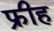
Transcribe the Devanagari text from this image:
फ्रीह